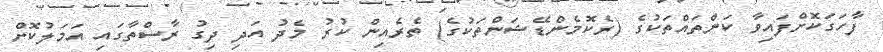
ފާހަގަކޮށްފައިވާ ކަންތައްތަކުގެ (ރެކޮމެންޑޭޝަންތަކުގެ) ތެރެއިން ކުރު މެދު އަދި ދިގު ރާސްތާގައި އަމަލުކޮށް